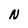
Character: N